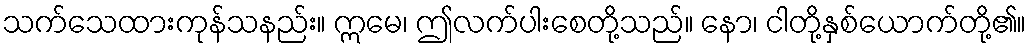
သက်သေထားကုန်သနည်း။ ဣမေ၊ ဤလက်ပါးစေတို့သည်။ နော၊ ငါတို့နှစ်ယောက်တို့၏။